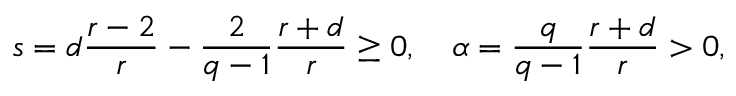
s = d \frac { r - 2 } { r } - \frac { 2 } { q - 1 } \frac { r + d } { r } \geq 0 , \ \ \ \alpha = \frac { q } { q - 1 } \frac { r + d } { r } > 0 ,